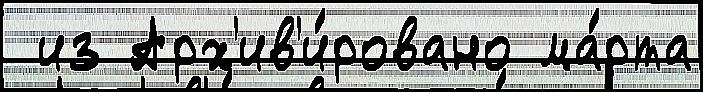
 из Арх'ив'и́ровано ма́рта